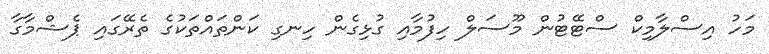
މަހު އިސްލާމިކް ސްޓޭޓުން މޫސަލް ހިފުމާއި ގުޅިގެން ހިނގި ކަންތައްތަކުގެ ތެރޭގައި ޕެޝްމާގާ